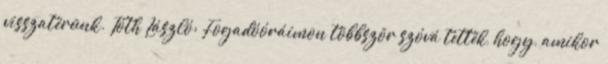
visszatérünk. Tóth László: Fogadóóráimon többször szóvá tették, hogy, amikor